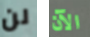
لن الآن